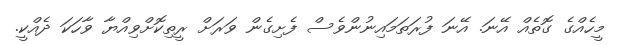
މީހެއްގެ ގޮތެއް އޭނަ. އޭނަ ފުރަތަމައިނުންވެސް ފެށިގެން ވަރަށް ރީތިކޮށްވިއްޔާ ވާހަކަ ދެއްކީ.